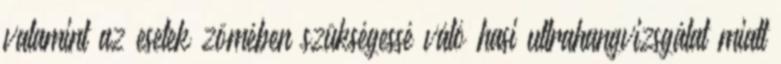
valamint az esetek zömében szükségessé váló hasi ultrahangvizsgálat miatt